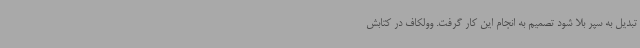
تبدیل به سپر بلا شود تصمیم به انجام این کار گرفت. وولکاف در کتابش